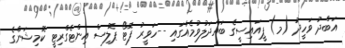
އަބްދު ވަހީދު (މ) ޕީއައިސީގެ ބައްދަލުވުމެއްގައި --ހަވީރު ފޮޓޯ ޕޮލިސް އިންޓެގްރިޓީ ކޮމިޝަންގެ